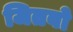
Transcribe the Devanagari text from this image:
जितबो